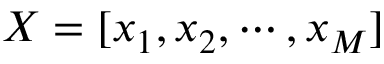
X = [ x _ { 1 } , x _ { 2 } , \cdots , x _ { M } ]